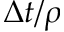
\Delta t / \rho